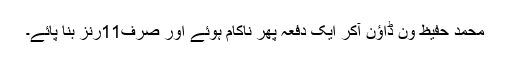
محمد حفیظ وَن ڈاؤن آکر ایک دفعہ پھر ناکام ہوئے اور صرف11رنز بنا پائے۔